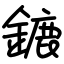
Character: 鏕